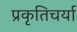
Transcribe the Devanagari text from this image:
प्रकृतिचर्या